Leaving Certificate Examination (including Day School Certificate (Higher) General paper), 1932
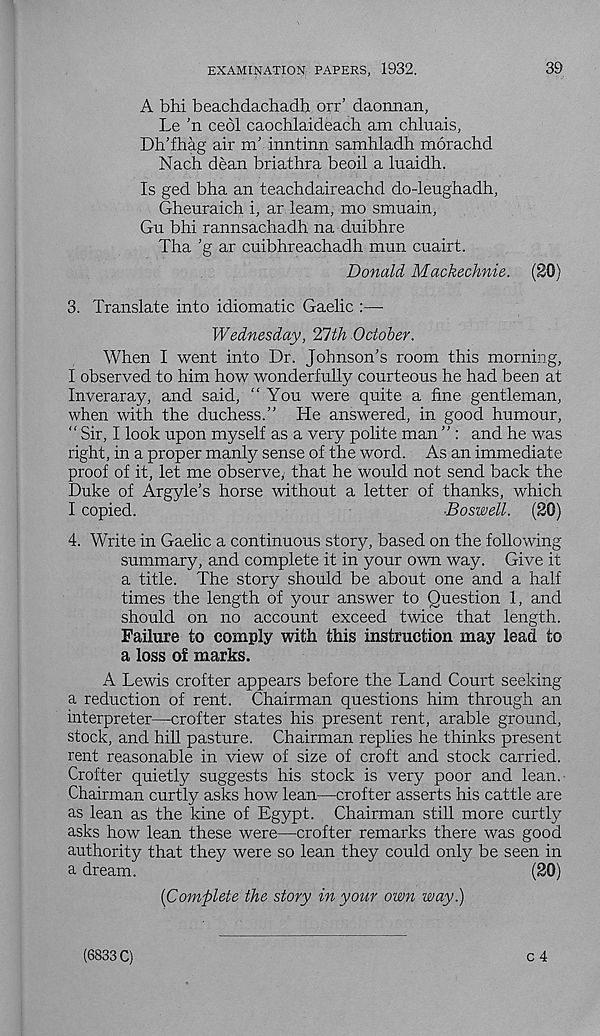
EXAMINATION PAPERS, 1932.
39
A bhi beachdachadh orr' daonnan,
Le ’n cedi caochlaideach am chluais,
Dh’fhag air m’ inntinn samhladh morachd
Nach dean briathra beoil a luaidh.
Is ged bha an teachdaireachd do-leughadh,
Gheuraich i, ar leam, mo smuain,
Gu bhi rannsachadh na duibhre
Tha ’g ar cuibhreachadh mun cuairt.
Donald Mackechnie. (20)
3. Translate into idiomatic Gaelic :—
Wednesday, 21th October.
When I went into Dr. Johnson's room this morning,
I observed to him how wonderfully courteous he had been at
Inveraray, and said, “You were quite a fine gentleman,
when with the duchess.” He answered, in good humour,
“ Sir, I look upon myself as a very polite man ” : and he was
right, in a proper manly sense of the word. As an immediate
proof of it, let me observe, that he would not send back the
Duke of Argyle’s horse without a letter of thanks, which
I copied.
-Boswell. (20)
4. Write in Gaelic a continuous story, based on the following
summary, and complete it in your own way. Give it
a title. The story should be about one and a half
times the length of your answer to Question 1, and
should on no account exceed twice that length.
Failure to comply with this instruction may lead to
a loss of marks.
A Lewis crofter appears before the Land Court seeking
a reduction of rent. Chairman questions him through an
interpreter—crofter states his present rent, arable ground,
stock, and hill pasture. Chairman replies he thinks present
rent reasonable in view of size of croft and stock carried.
Crofter quietly suggests his stock is very poor and lean.
Chairman curtly asks how lean—crofter asserts his cattle are
as lean as the kine of Egypt. Chairman still more curtly
asks how lean these were—crofter remarks there was good
authority that they were so lean they could only be seen in
a dream.
(20)
(Complete the story in your own way.)
c 4
(6833 C)